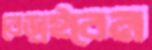
বেড়াইবেন